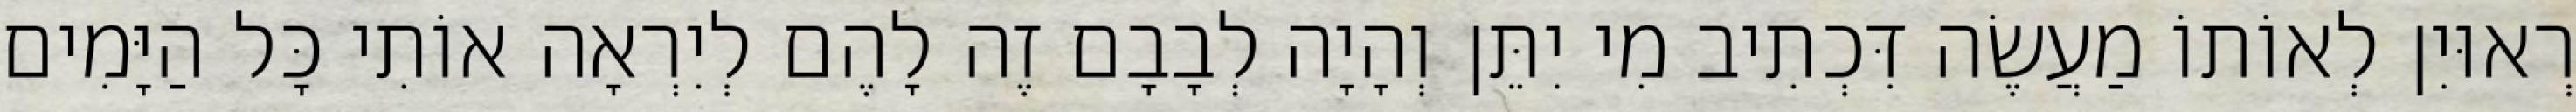
רְאוּיִן לְאוֹתוֹ מַעֲשֶׂה דִּכְתִיב מִי יִתֵּן וְהָיָה לְבָבָם זֶה לָהֶם לְיִרְאָה אוֹתִי כָּל הַיָּמִים